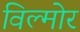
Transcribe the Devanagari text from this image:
विल्मोर